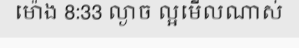
ម៉ោង 8:33 ល្ងាច ល្អមើលណាស់